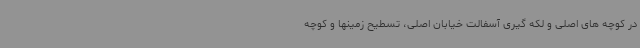
در کوچه های اصلی و لکه گیری آسفالت خیابان اصلی، تسطیح زمینها و کوچه